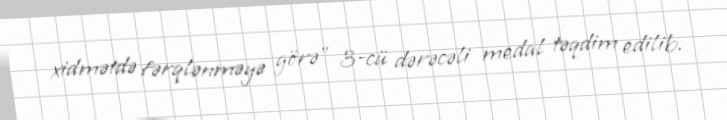
xidmətdə fərqlənməyə görə" 3-cü dərəcəli medal təqdim edilib.